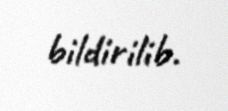
bildirilib.